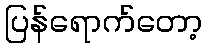
ပြန်ရောက်တော့